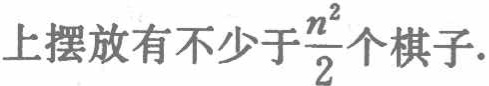
上摆放有不少于$\frac{n^{2}}{2}$个棋子.